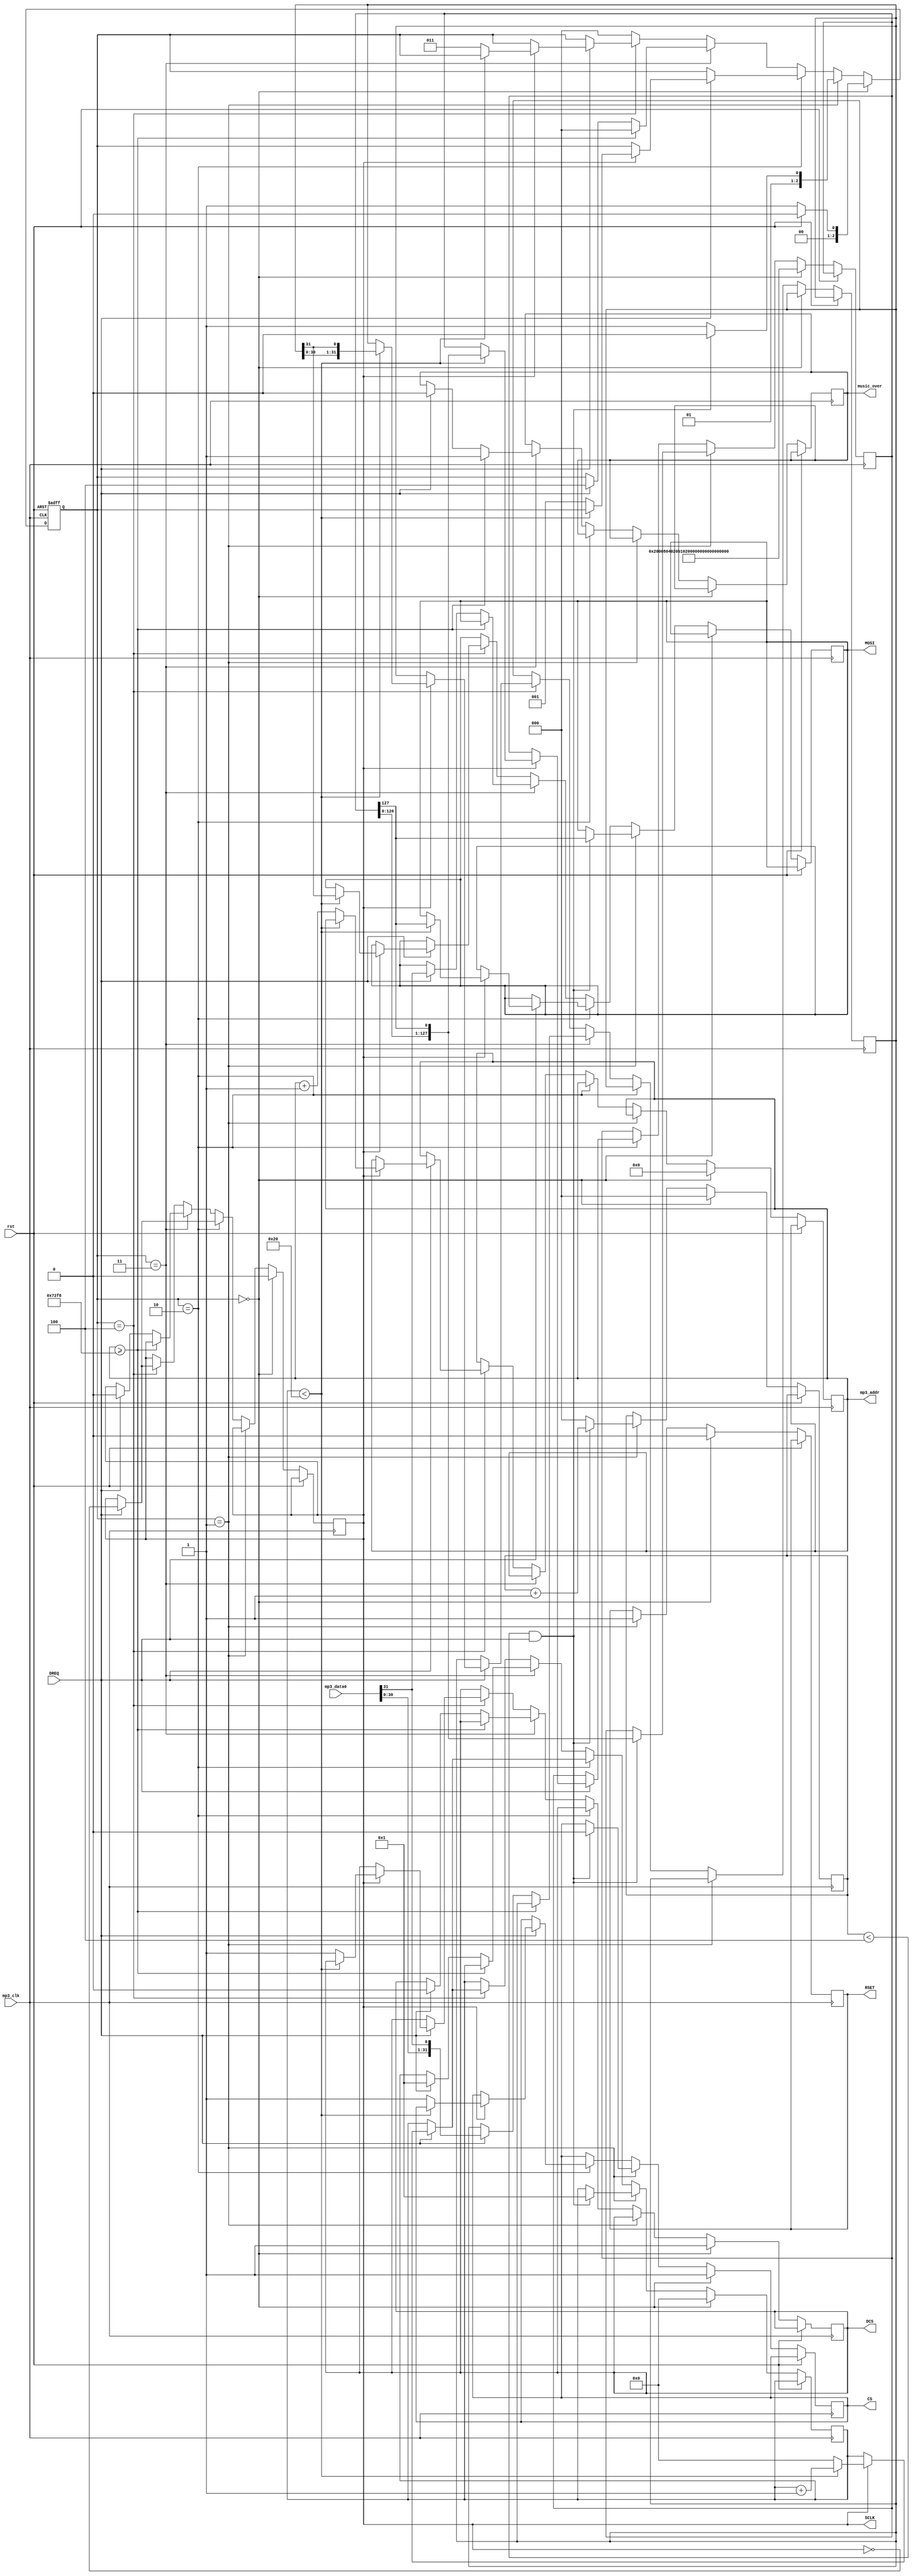
module mp3_driver
#(parameter MUSIC_SIZE=29432)//
(
    input mp3_clk,//mp31MHz
    input rst,//
    input DREQ,//mp3
    output reg RSET=0,//mp3
    output reg CS=1,//mp3
    output reg DCS=1,//mp3
    output reg MOSI,//mp3
    output reg SCLK=0,//spimp3
    output reg music_over=0,//
    output reg [20:0] mp3_addr,//ROM
    input [31:0] mp3_data0//
);

//??
localparam   RESET=0,///
            CMD_CONTROL=1,
            CMD_SEND=2,
            DATA_CONTROL=3,
            DATA_SEND=4;

reg [2:0] state=RESET;

reg [31:0] mp3_data;
localparam   cmd_mode=32'h02000804,
            cmd_vol=32'h020B1010,//
            cmd_bass=32'h02020055,
            cmd_clock=32'h02039800;

reg [127:0] cmd={cmd_mode,cmd_vol,cmd_bass,cmd_clock};//
reg [2:0] cmd_id;
reg [5:0] cnt;

localparam   CMD_NUM=4;

always@(posedge mp3_clk or posedge rst)
begin
    if(rst==1)
        state<=RESET;
    else
    begin
        if(state==RESET)
        begin
            cmd<={cmd_mode,cmd_vol,cmd_bass,cmd_clock};
            mp3_addr<=0;
            cmd_id<=0;
            cnt<=0;
            CS<=1;
            DCS<=1;
            RSET<=0;
            SCLK<=0;
            if(rst==0)
                state<=CMD_CONTROL;
            else
                state<=RESET;
        end

        else if(state==CMD_CONTROL)
        begin
            RSET<=1;
            if(cmd_id<CMD_NUM&&DREQ)
            begin
                cmd_id<=cmd_id+1;
                CS<=0;
                MOSI<=cmd[127];
                cmd<={cmd[126:0],cmd[127]};
                cnt<=1;
                state<=CMD_SEND;
            end
            else
            begin
                cmd_id<=0;
                state<=DATA_CONTROL;
            end
        end

        else if(state==CMD_SEND)
        begin
            if(DREQ)
            begin
                if(SCLK)
                begin
                    if(cnt<32)
                    begin
                        cnt<=cnt+1;
                        MOSI<=cmd[127];
                        cmd<={cmd[126:0],cmd[127]};
                    end
                    else
                    begin
                        CS<=1;
                        cnt<=0;
                        state<=CMD_CONTROL;
                    end
                end
                SCLK<=~SCLK;
            end
        end

        else if(state==DATA_CONTROL)
        begin
            if(mp3_addr>=MUSIC_SIZE)
            begin
                state<=RESET;
                music_over<=1;
                // DCS<=1;
            end
            else if(DREQ)
            begin
                music_over<=0;
                DCS<=0;
                SCLK<=0;
                MOSI<=mp3_data0[31];
                mp3_data<={mp3_data0[30:0],mp3_data0[31]};
                cnt<=1;//
                state<=DATA_SEND;
            end
        end

        else if(state==DATA_SEND)
        begin
            if(DREQ)
            begin
                if(SCLK)
                begin
                    if(cnt<32)
                    begin
                        MOSI<=mp3_data[31];
                        cnt<=cnt+1;
                        mp3_data<={mp3_data[30:0],mp3_data[31]};
                    end
                    else
                    begin
                        DCS<=1;
                        cnt<=0;//
                        mp3_addr<=mp3_addr+1;
                        state<=DATA_CONTROL;
                    end
                end
                SCLK<=~SCLK;
            end
        end

        else
            state<=RESET;
    end
end

endmodule